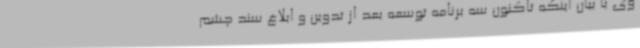
وی با بیان اینکه تاکنون سه برنامه توسعه بعد از تدوین و ابلاغ سند چشم